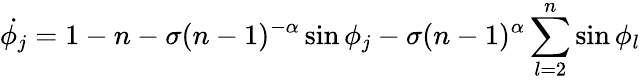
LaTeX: \dot{\phi_{j}}=1-n-\sigma(n-1)^{-\alpha}\sin{\phi_{j}}-\sigma(n-1)^{\alpha}\sum_{l=2}^{n}\sin{\phi_{l}}